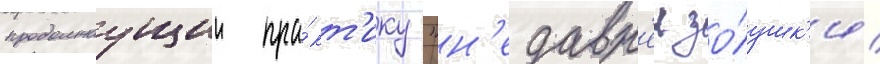
продолжаущии пра́кт'ику "н'едавн'еи зо́лушк'и